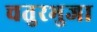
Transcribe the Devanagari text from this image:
चतुरभुजा